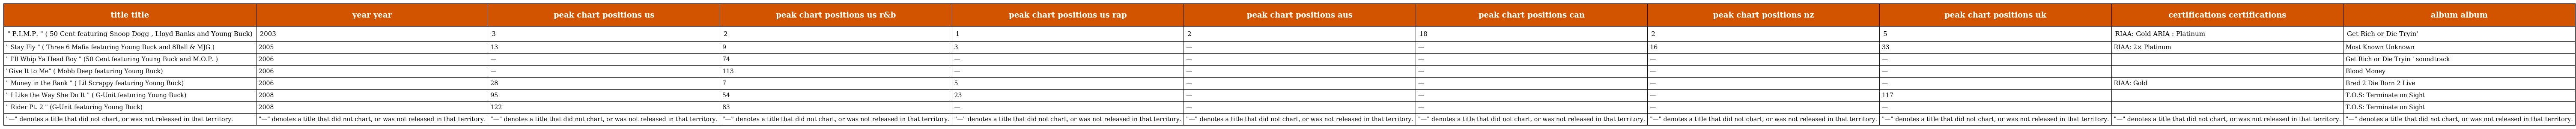
| title title | year year | peak chart positions us | peak chart positions us r&b | peak chart positions us rap | peak chart positions aus | peak chart positions can | peak chart positions nz | peak chart positions uk | certifications certifications | album album |
 | --- | --- | --- | --- | --- | --- | --- | --- | --- | --- | --- |
 | " P.I.M.P. " ( 50 Cent featuring Snoop Dogg , Lloyd Banks and Young Buck) | 2003 | 3 | 2 | 1 | 2 | 18 | 2 | 5 | RIAA: Gold ARIA : Platinum | Get Rich or Die Tryin' |
 | " Stay Fly " ( Three 6 Mafia featuring Young Buck and 8Ball & MJG ) | 2005 | 13 | 9 | 3 | — | — | 16 | 33 | RIAA: 2× Platinum | Most Known Unknown |
 | " I'll Whip Ya Head Boy " (50 Cent featuring Young Buck and M.O.P. ) | 2006 | — | 74 | — | — | — | — | — |  | Get Rich or Die Tryin ' soundtrack |
 | "Give It to Me" ( Mobb Deep featuring Young Buck) | 2006 | — | 113 | — | — | — | — | — |  | Blood Money |
 | " Money in the Bank " ( Lil Scrappy featuring Young Buck) | 2006 | 28 | 7 | 5 | — | — | — | — | RIAA: Gold | Bred 2 Die Born 2 Live |
 | " I Like the Way She Do It " ( G-Unit featuring Young Buck) | 2008 | 95 | 54 | 23 | — | — | — | 117 |  | T.O.S: Terminate on Sight |
 | " Rider Pt. 2 " (G-Unit featuring Young Buck) | 2008 | 122 | 83 | — | — | — | — | — |  | T.O.S: Terminate on Sight |
 | "—" denotes a title that did not chart, or was not released in that territory. | "—" denotes a title that did not chart, or was not released in that territory. | "—" denotes a title that did not chart, or was not released in that territory. | "—" denotes a title that did not chart, or was not released in that territory. | "—" denotes a title that did not chart, or was not released in that territory. | "—" denotes a title that did not chart, or was not released in that territory. | "—" denotes a title that did not chart, or was not released in that territory. | "—" denotes a title that did not chart, or was not released in that territory. | "—" denotes a title that did not chart, or was not released in that territory. | "—" denotes a title that did not chart, or was not released in that territory. | "—" denotes a title that did not chart, or was not released in that territory. |